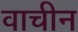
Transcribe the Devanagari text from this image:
वाचीन